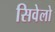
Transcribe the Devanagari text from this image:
सिवेलो